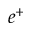
e ^ { + }